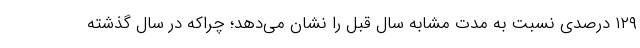
۱۲۹ درصدی نسبت به مدت مشابه سال قبل را نشان می‌دهد؛ چراکه در سال گذشته